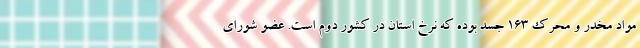
مواد مخدر و محرک ۱۶۳ جسد بوده که نرخ استان در کشور دوم است. عضو شورای